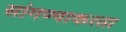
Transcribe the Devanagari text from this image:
सांगण्याकरता